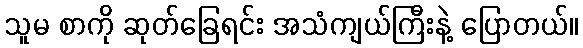
သူမ စာကို ဆုတ်ခြေရင်း အသံကျယ်ကြီးနဲ့ ပြောတယ်။